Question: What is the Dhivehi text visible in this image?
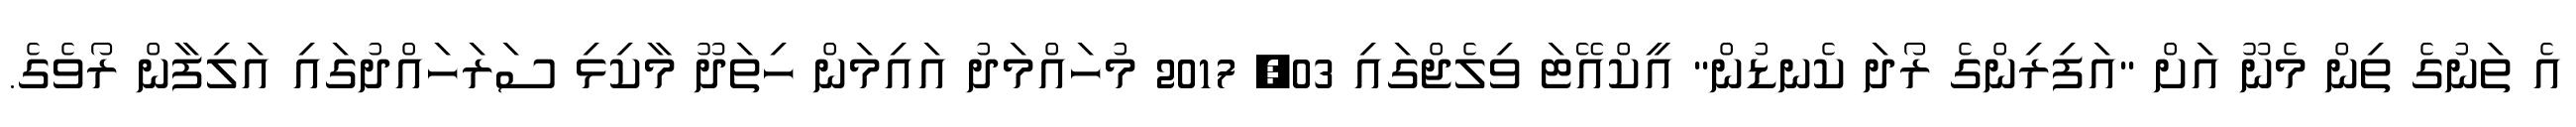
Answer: އެ ތަނުގެ ތިން މެނޫ އަށް "އަފިރިންގެ ރޯދަ ކެނޑުން" އީކްއޭޓަ ވިލެޖްގައި 03, 2017 މުހައްމަދު އައިމަން ހިތަދޫ މާކިޅި ސަރަހައްދުގައި އަލިފާން ރޯވެގެ.